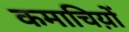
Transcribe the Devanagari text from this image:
कमाचिय़ों